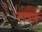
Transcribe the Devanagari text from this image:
त्यापण